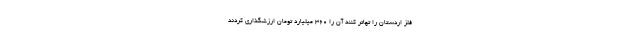
فلز اردستان را تهاتر کنند آن را ۳۶۰ میلیارد تومان ارزشگذاری کردند